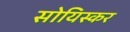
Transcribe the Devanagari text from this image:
सोयिस्कर